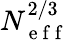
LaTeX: N_{\mathrm{~e~f~f~}}^{2/3}